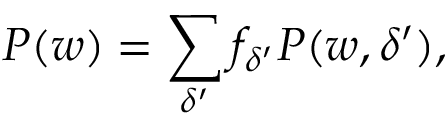
P ( w ) = \sum _ { \delta ^ { \prime } } f _ { \delta ^ { \prime } } P ( w , \delta ^ { \prime } ) ,